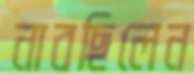
নাবছিলেন